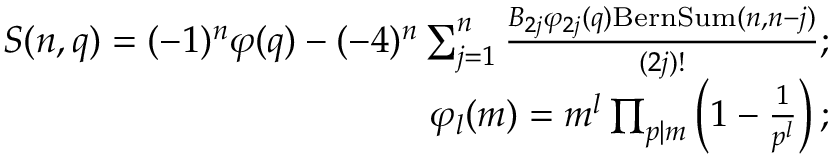
\begin{array} { r l r } & { } & { S ( n , q ) = ( - 1 ) ^ { n } \varphi ( q ) - ( - 4 ) ^ { n } \sum _ { j = 1 } ^ { n } \frac { B _ { 2 j } \varphi _ { 2 j } ( q ) \mathrm { B e r n S u m } ( n , n - j ) } { ( 2 j ) ! } ; } \\ & { } & { \varphi _ { l } ( m ) = m ^ { l } \prod _ { p | m } \left( 1 - \frac { 1 } { p ^ { l } } \right) ; } \end{array}